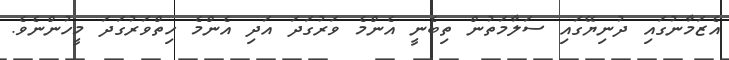
އެޒަމާނުގައި ދުނިޔޭގައި ސަލާމަތުން ތިބެނީ އެންމެ ވަރުގަދަ އަދި އެންމެ ހިތްވަރުގަދަ މީހުންނެވެ.